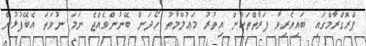
ޕްރޮގްރާމްގައި ބައިވެރިވާ ފަރާތްތަކުން އިތުރު މަޢުލޫމާތު ހޯދަން ބޭނުންވެއްޖެ ނަމަ ނުވަތަ އެބޭފުޅުން